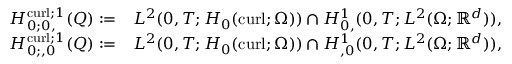
\begin{array} { r l } { H _ { 0 ; 0 , } ^ { \operatorname { c u r l } ; 1 } ( Q ) : = } & { L ^ { 2 } ( 0 , T ; H _ { 0 } ( \operatorname { c u r l } ; \Omega ) ) \cap H _ { 0 , } ^ { 1 } ( 0 , T ; L ^ { 2 } ( \Omega ; \mathbb R ^ { d } ) ) , } \\ { H _ { 0 ; , 0 } ^ { \operatorname { c u r l } ; 1 } ( Q ) : = } & { L ^ { 2 } ( 0 , T ; H _ { 0 } ( \operatorname { c u r l } ; \Omega ) ) \cap H _ { , 0 } ^ { 1 } ( 0 , T ; L ^ { 2 } ( \Omega ; \mathbb R ^ { d } ) ) , } \end{array}